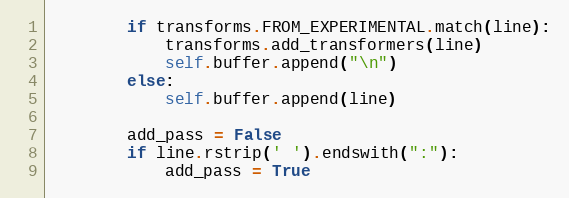
Language: Python
        if transforms.FROM_EXPERIMENTAL.match(line):
            transforms.add_transformers(line)
            self.buffer.append("\n")
        else:
            self.buffer.append(line)

        add_pass = False
        if line.rstrip(' ').endswith(":"):
            add_pass = True